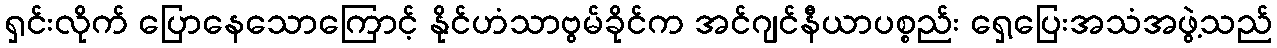
ရှင်းလိုက် ပြောနေသောကြောင့် နိုင်ဟံသာဗွမ်ခိုင်က အင်ဂျင်နီယာပစ္စည်း ရှေ့ပြေးအသံအဖွဲ့သည်